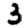
Digit: 3